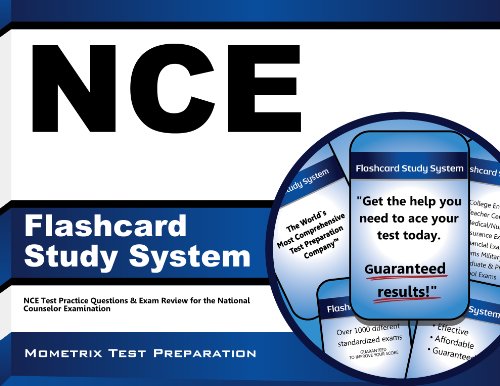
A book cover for NCE Flashcard Study System: NCE Test Practice Questions & Exam Review for the National Counselor Examination (Cards); NCE Exam Secrets Test Prep Team; Test Preparation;